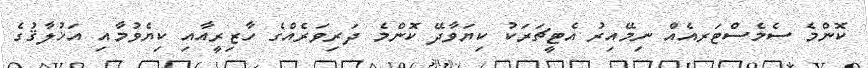
ކޮންމެ ސެމެސްޓަރއެއް ނިމޭއިރު އެޓީޗަރަކު ކިޔަވާދޭ ކޮންމެ ދަރިވަރެއްގެ ހާޒިރީއާއި ކިޔެވުމާއި އަޚުލާޤުގެ